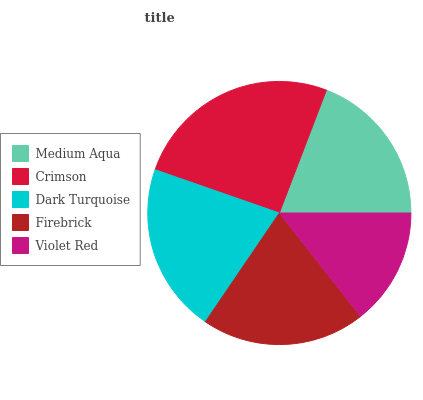
| Medium Aqua | Crimson | Dark Turquoise | Firebrick | Violet Red |
 | --- | --- | --- | --- | --- |
 | 19.3% | 25.5% | 20.8% | 20% | 14.4% |